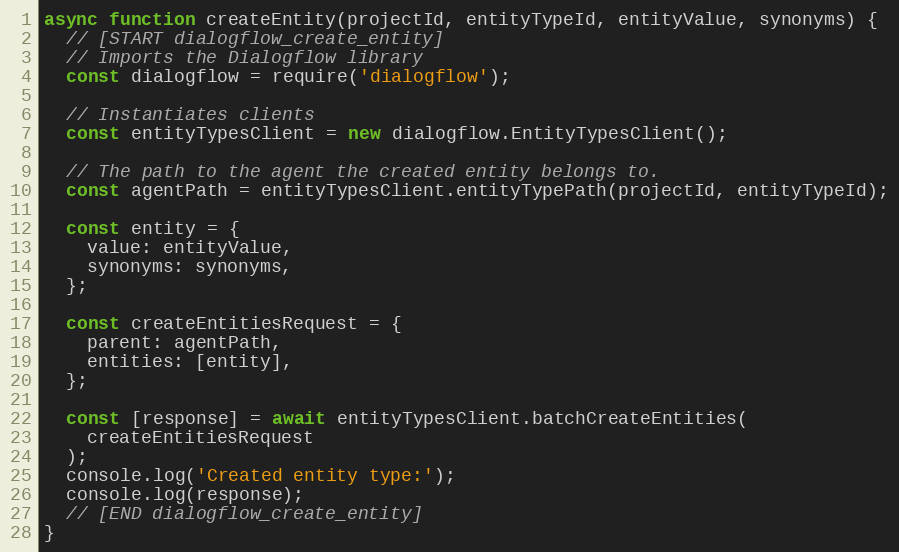
Language: JavaScript
async function createEntity(projectId, entityTypeId, entityValue, synonyms) {
  // [START dialogflow_create_entity]
  // Imports the Dialogflow library
  const dialogflow = require('dialogflow');

  // Instantiates clients
  const entityTypesClient = new dialogflow.EntityTypesClient();

  // The path to the agent the created entity belongs to.
  const agentPath = entityTypesClient.entityTypePath(projectId, entityTypeId);

  const entity = {
    value: entityValue,
    synonyms: synonyms,
  };

  const createEntitiesRequest = {
    parent: agentPath,
    entities: [entity],
  };

  const [response] = await entityTypesClient.batchCreateEntities(
    createEntitiesRequest
  );
  console.log('Created entity type:');
  console.log(response);
  // [END dialogflow_create_entity]
}